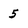
Character: 5